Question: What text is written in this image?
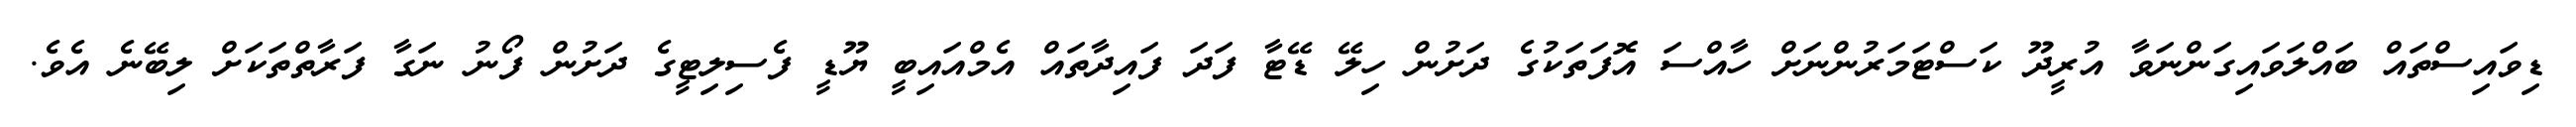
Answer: ޑިވައިސްތައް ބައްލަވައިގަންނަވާ އުރީދޫ ކަސްޓަމަރުންނަށް ހާއްސަ އޮފަތަކުގެ ދަށުން ހިލޭ ޑޭޓާ ފަދަ ފައިދާތައް އެމްއައިބީ ޔޫޑީ ފެސިލިޓީގެ ދަށުން ފޯނު ނަގާ ފަރާތްތަކަށް ލިބޭނެ އެވެ.